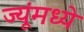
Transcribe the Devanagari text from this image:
ज्यूंमध्ये